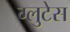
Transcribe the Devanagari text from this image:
ग्लुटेस